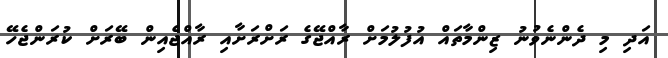
އަދި މި ދެންނެވުނު ޒިންމާތައް އުފުލުމަށް ރާއްޖޭގެ ރަށްރަށާއި ރާއްޖެއިން ބޭރަށް ކުރަންޖެހޭ